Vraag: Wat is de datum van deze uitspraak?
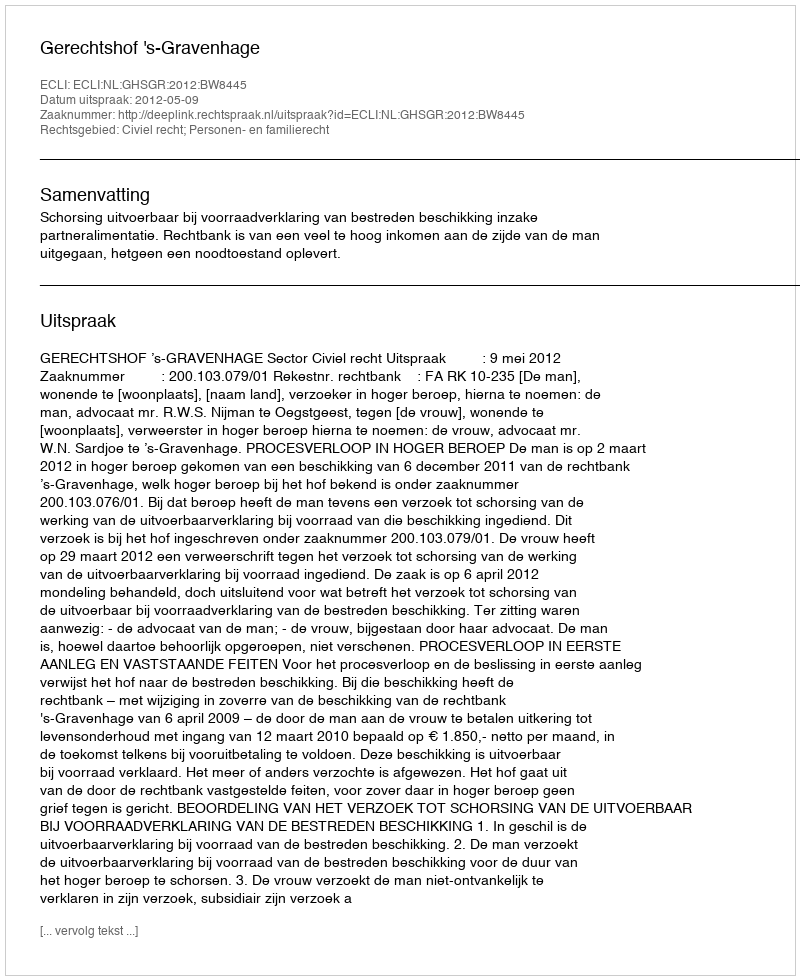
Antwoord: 2012-05-09